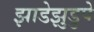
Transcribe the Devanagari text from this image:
झाडेझुडुपे